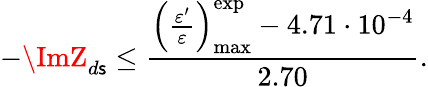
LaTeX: -\ImZ_{d\mathsf{s}}\le\frac{{\left(\frac{{\varepsilon^{\prime}}}{{\varepsilon}}\right)_{\mathrm{{max}}}^{\mathrm{{exp}}}-4.71\cdot10^{-4}}}{{2.70}}.